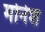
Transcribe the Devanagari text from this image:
मोनेश